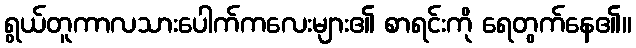
ရွယ်တူကာလသားပေါက်ကလေးများ၏ စာရင်းကို ရေတွက်နေ၏။